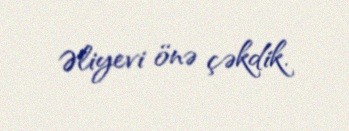
Əliyevi önə çəkdik.